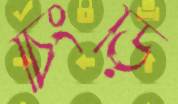
চিংড়ি